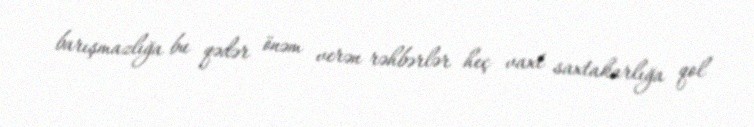
barışmazlığa bu qədər önəm verən rəhbərlər heç vaxt saxtakarlığa qol